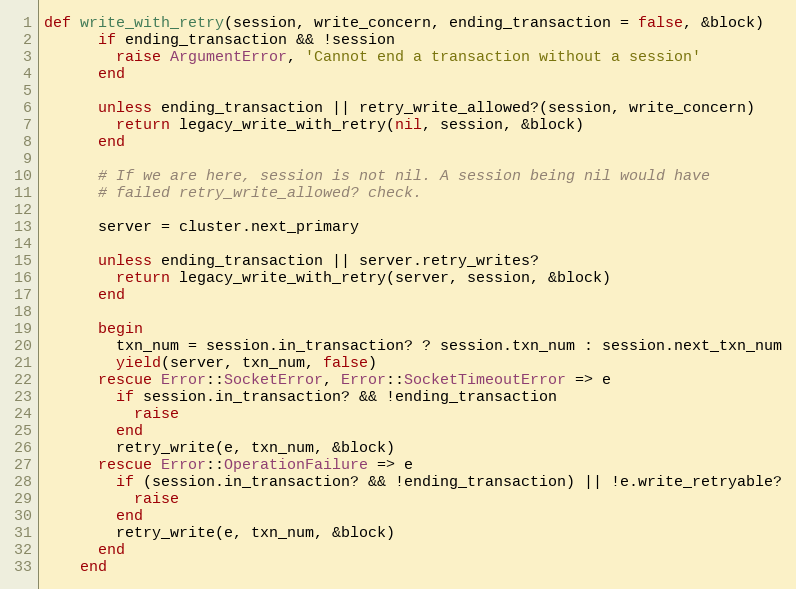
Language: Ruby
def write_with_retry(session, write_concern, ending_transaction = false, &block)
      if ending_transaction && !session
        raise ArgumentError, 'Cannot end a transaction without a session'
      end

      unless ending_transaction || retry_write_allowed?(session, write_concern)
        return legacy_write_with_retry(nil, session, &block)
      end

      # If we are here, session is not nil. A session being nil would have
      # failed retry_write_allowed? check.

      server = cluster.next_primary

      unless ending_transaction || server.retry_writes?
        return legacy_write_with_retry(server, session, &block)
      end

      begin
        txn_num = session.in_transaction? ? session.txn_num : session.next_txn_num
        yield(server, txn_num, false)
      rescue Error::SocketError, Error::SocketTimeoutError => e
        if session.in_transaction? && !ending_transaction
          raise
        end
        retry_write(e, txn_num, &block)
      rescue Error::OperationFailure => e
        if (session.in_transaction? && !ending_transaction) || !e.write_retryable?
          raise
        end
        retry_write(e, txn_num, &block)
      end
    end